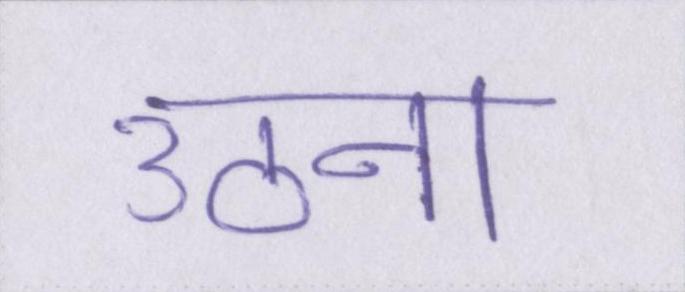
उठना